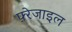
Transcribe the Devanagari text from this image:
फ़्रेजाइल